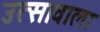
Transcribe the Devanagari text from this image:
उत्सावाला